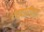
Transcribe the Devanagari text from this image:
रहदारीला